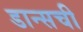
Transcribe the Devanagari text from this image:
डान्सची